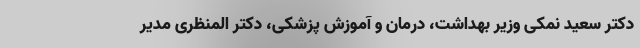
دکتر سعید نمکی وزیر بهداشت، درمان و آموزش پزشکی، دکتر المنظری مدیر